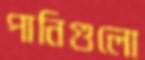
পানিগুলো